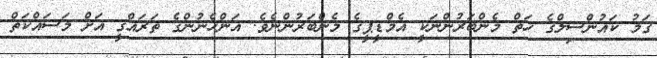
ގަމު ކައުންސިލްގެ ހަތް މެންބަރުންނަކީ އެމްޑީޕީގެ މެންބަރުންނެވެ. އަންހެނުންގެ ތަރައްގީ އަށް މަސައްކަތް